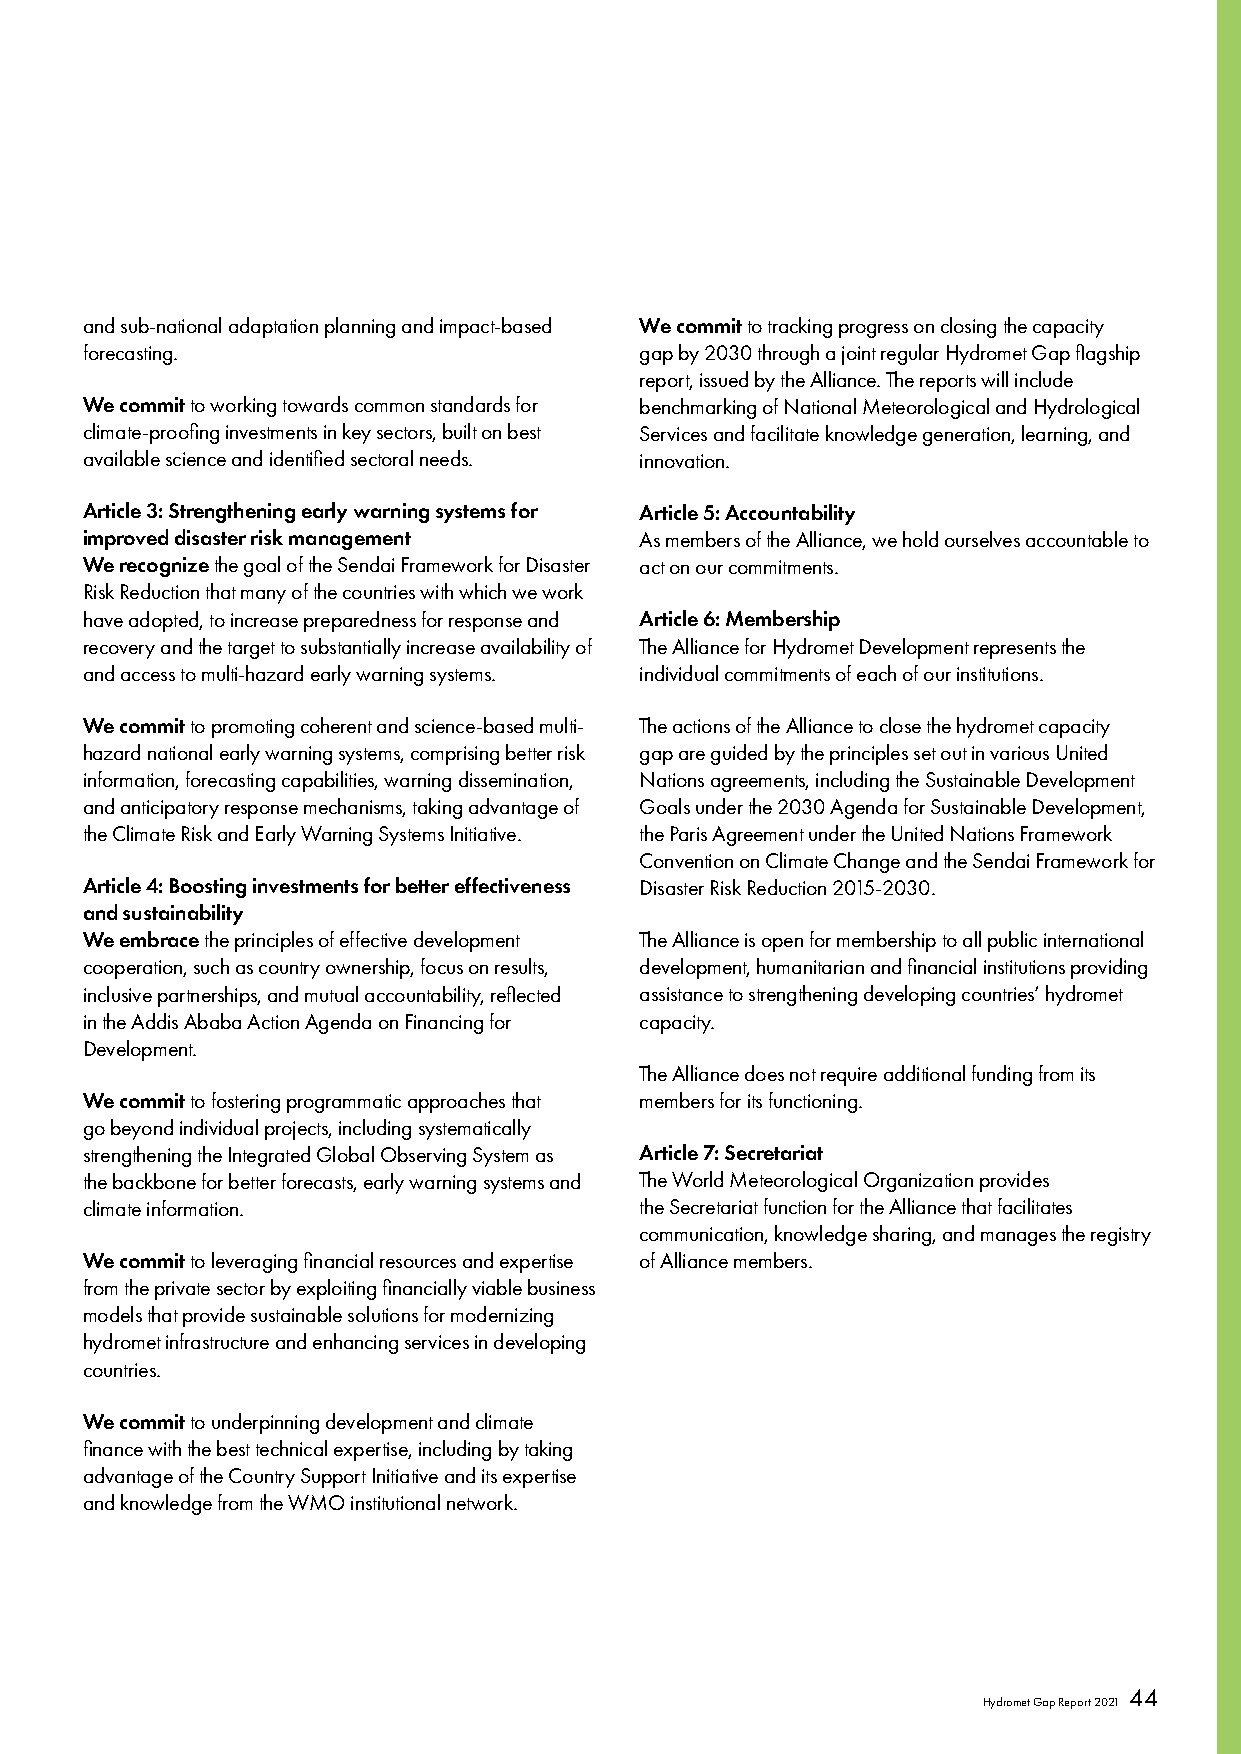
and sub-national adaptation planning and impact-based We commit to tracking progress on closing the capacity
 forecasting.                         gap by 2030 through a joint regular Hydromet Gap flagship
 report, issued by the Alliance. The reports will include
 We commit to working towards common standards for benchmarking of National Meteorological and Hydrological
 climate-proofing investments in key sectors, built on best Services and facilitate knowledge generation, learning, and
 available science and identified sectoral needs. innovation.
 Article 3: Strengthening early warning systems for Article 5: Accountability
 improved disaster risk management    As members of the Alliance, we hold ourselves accountable to
 We recognize the goal of the Sendai Framework for Disaster act on our commitments.
 Risk Reduction that many of the countries with which we work
 have adopted, to increase preparedness for response and Article 6: Membership
 recovery and the target to substantially increase availability of The Alliance for Hydromet Development represents the
 and access to multi-hazard early warning systems. individual commitments of each of our institutions.
 We commit to promoting coherent and science-based multi- The actions of the Alliance to close the hydromet capacity
 hazard national early warning systems, comprising better risk gap are guided by the principles set out in various United
 information, forecasting capabilities, warning dissemination, Nations agreements, including the Sustainable Development
 and anticipatory response mechanisms, taking advantage of Goals under the 2030 Agenda for Sustainable Development,
 the Climate Risk and Early Warning Systems Initiative. the Paris Agreement under the United Nations Framework
 Convention on Climate Change and the Sendai Framework for
 Article 4: Boosting investments for better effectiveness Disaster Risk Reduction 2015-2030.
 and sustainability
 We embrace the principles of effective development The Alliance is open for membership to all public international
 cooperation, such as country ownership, focus on results, development, humanitarian and financial institutions providing
 inclusive partnerships, and mutual accountability, reflected assistance to strengthening developing countries’ hydromet
 in the Addis Ababa Action Agenda on Financing for capacity.
 Development.
 The Alliance does not require additional funding from its
 We commit to fostering programmatic approaches that members for its functioning.
 go beyond individual projects, including systematically
 strengthening the Integrated Global Observing System as Article 7: Secretariat
 the backbone for better forecasts, early warning systems and The World Meteorological Organization provides
 climate information.                 the Secretariat function for the Alliance that facilitates
 communication, knowledge sharing, and manages the registry
 We commit to leveraging financial resources and expertise of Alliance members.
 from the private sector by exploiting financially viable business
 models that provide sustainable solutions for modernizing
 hydromet infrastructure and enhancing services in developing
 countries.
 We commit to underpinning development and climate
 finance with the best technical expertise, including by taking
 advantage of the Country Support Initiative and its expertise
 and knowledge from the WMO institutional network.
 44
 Hydromet Gap Report 2021